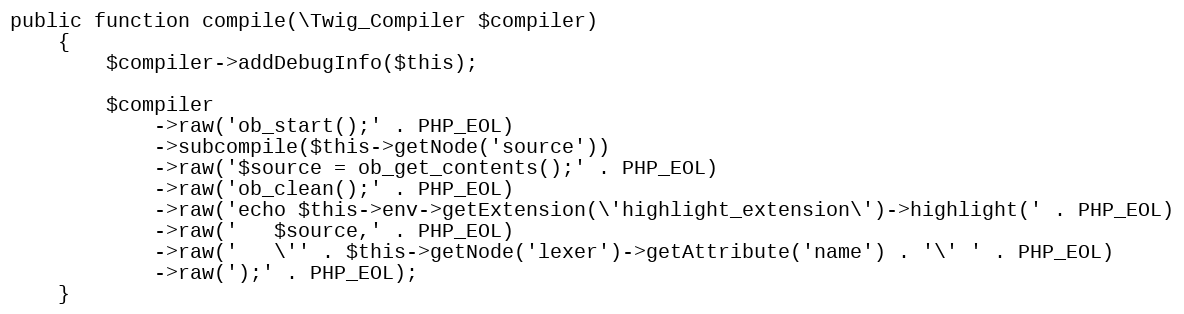
Language: PHP
public function compile(\Twig_Compiler $compiler)
    {
        $compiler->addDebugInfo($this);

        $compiler
            ->raw('ob_start();' . PHP_EOL)
            ->subcompile($this->getNode('source'))
            ->raw('$source = ob_get_contents();' . PHP_EOL)
            ->raw('ob_clean();' . PHP_EOL)
            ->raw('echo $this->env->getExtension(\'highlight_extension\')->highlight(' . PHP_EOL)
            ->raw('   $source,' . PHP_EOL)
            ->raw('   \'' . $this->getNode('lexer')->getAttribute('name') . '\' ' . PHP_EOL)
            ->raw(');' . PHP_EOL);
    }